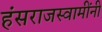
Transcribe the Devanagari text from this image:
हंसराजस्वामींनी